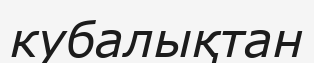
кубалықтан